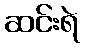
ဆင်းရဲ